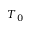
T _ { 0 }